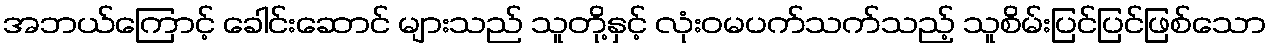
အဘယ်ကြောင့် ခေါင်းဆောင် များသည် သူတို့နှင့် လုံးဝမပက်သက်သည့် သူစိမ်းပြင်ပြင်ဖြစ်သော